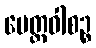
မေတ္တဝါစဉ္စ